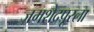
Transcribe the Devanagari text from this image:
जमशेदपूरला